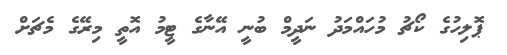
ޕޮލިހުގެ ކޯޗު މުހައްމަދު ނަދީމް ބުނީ އޭނާގެ ޓީމު އޮތީ މިރޭގެ މެޗަށް